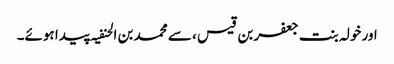
اور خولہ بنت جعفر بن قیس ، سے محمد بن الحنفیہ پیدا ہوئے۔